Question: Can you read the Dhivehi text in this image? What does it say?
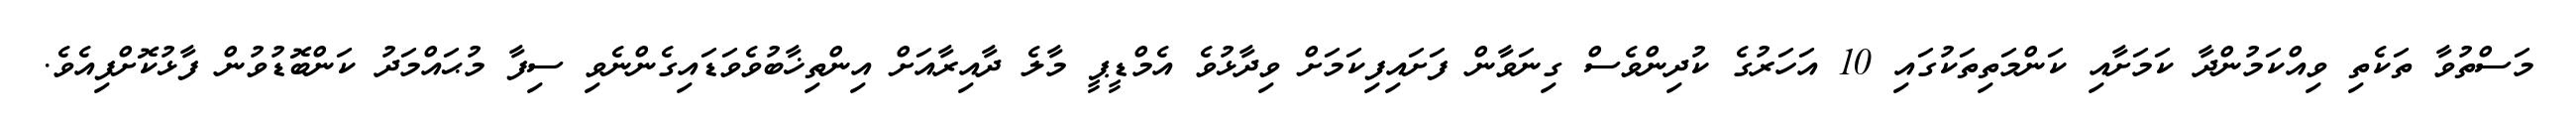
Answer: މަސްތުވާ ތަކެތި ވިއްކަމުންދާ ކަމަށާއި ކަންމަތިތަކުގައި 10 އަހަރުގެ ކުދިންވެސް ގިނަވާން ފަށައިފިކަމަށް ވިދާޅުވެ އެމްޑީޕީ މާލެ ދާއިރާއަށް އިންތިޚާބުވެވަޑައިގެންނެވި ސިފާ މުޙައްމަދު ކަންބޮޑުވުން ފާޅުކޮށްފިއެވެ.